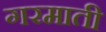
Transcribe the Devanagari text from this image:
गरमाती